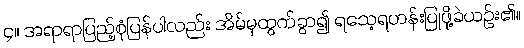
၄။ အရာရာပြည့်စုံပြန်ပါလည်း အိမ်မှထွက်ခွာ၍ ရသေ့ရဟန်းပြုဖို့ခဲယဉ်း၏။